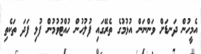
އެމީހުން ދަނޑަށް ވަންނަން އުޅުމުގެ ތެރޭގައި ފުލުހުން ހުއްޓުވުމުން ފުޅި ފަދަ ތަކެތި